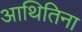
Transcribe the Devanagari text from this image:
आथितिना